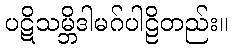
ပဋိသမ္ဘိဒါမဂ်ပါဠိတည်း။